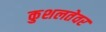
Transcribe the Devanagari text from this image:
कुशलतेवर